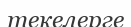
текелерге